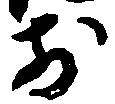
前